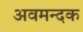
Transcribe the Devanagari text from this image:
अवमन्दक